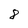
Character: 8